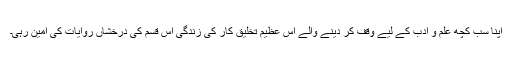
اپنا سب کچھ علم و ادب کے لیے وقف کر دینے والے اس عظیم تخلیق کار کی زندگی اس قسم کی درخشاں روایات کی امین رہی۔